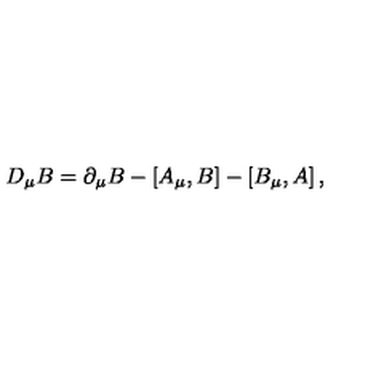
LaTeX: D _ { \mu } B = \partial _ { \mu } B - \left[ A _ { \mu } , B \right] - \left[ B _ { \mu } , A \right] ,